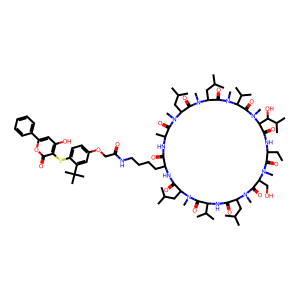
SMILES: CCC1NC(=O)C(C(O)C(C)C)N(C)C(=O)C(C(C)C)N(C)C(=O)C(CC(C)C)N(C)C(=O)C(CC(C)C)N(C)C(=O)C(C)NC(=O)C(CCCCNC(=O)COc2ccc(Sc3c(O)cc(-c4ccccc4)oc3=O)c(C(C)(C)C)c2)NC(=O)C(CC(C)C)N(C)C(=O)C(C(C)C)NC(=O)C(CC(C)C)N(C)C(=O)C(CO)N(C)C1=O
Inhibits HIV replication: No